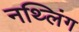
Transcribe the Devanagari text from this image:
नथ्लिंग